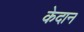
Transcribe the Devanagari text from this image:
केदान